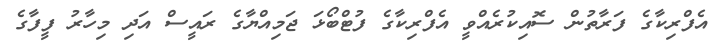
އެފްރިކާގެ ފަރާތުން ސޮއިކުރެއްވީ އެފްރިކާގެ ފުޓްބޯޅަ ޖަމިއްޔާގެ ރައީސް އަދި މިހާރު ފީފާގެ